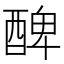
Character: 𨡕